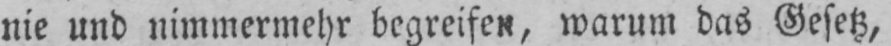
nie und nimmermehr begreifen, warum das Gesetz,